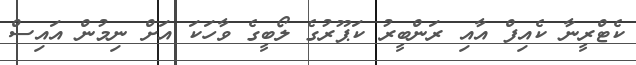
ކެޓްރީނާ ކެއިފް އާއި ރަންބީރު ކަޕޫރުގެ ލޯބީގެ ވާހަކަ އަށް ނިމުން އައިސް